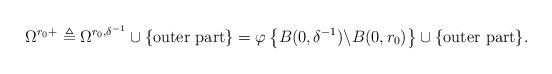
LaTeX: \begin{align*} \Omega^{r_0+} \triangleq \Omega^{r_0,\delta^{-1}} \cup \{\textrm{outer part}\}=\varphi \left\{ B(0, \delta^{-1}) \backslash B(0, r_0) \right\} \cup \{\textrm{outer part}\}. \end{align*}